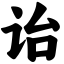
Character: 诒